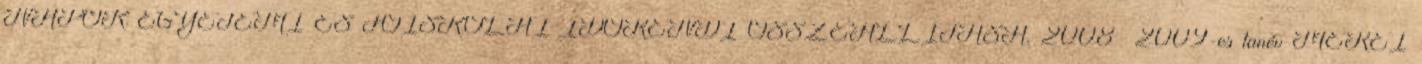
NAPOK EGYETEMI ÉS FŐISKOLAI IDŐRENDI ÖSSZEÁLLÍTÁSA. 2008 2009-es tanév MÉREI